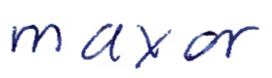
Text: mayor
Cross-out: clean
Writing tool: ballpoint